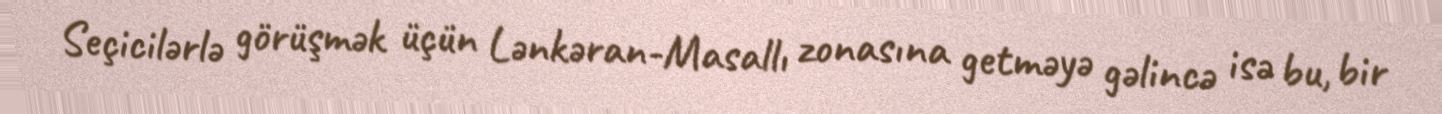
Seçicilərlə görüşmək üçün Lənkəran-Masallı zonasına getməyə gəlincə isə bu, bir